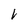
Character: V